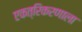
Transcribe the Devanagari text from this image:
एकत्रिकरणाला